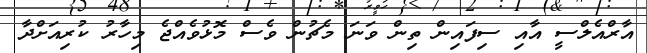
އާރްއެލްސީ އާއި ސިފައިން ތިން ވަނަ މެޗުން ވެސް މޮޅުވެއްޖެ މިހާރު ކުރިއަށްދާ